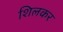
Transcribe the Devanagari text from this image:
शिलकर